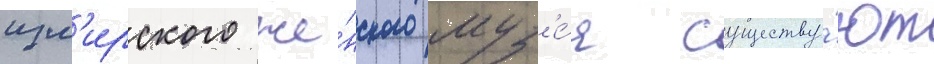
изм'ирского же́нского муз'е́я существу́ют